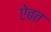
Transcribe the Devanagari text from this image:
ऐबत